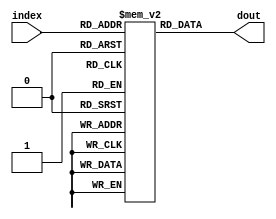
//instruction memory
module im(
    input[6:0] index,
    output[31:0] dout
);

    reg[31:0] ROM[127:0];

    assign dout = ROM[index]; // word aligned
endmodule